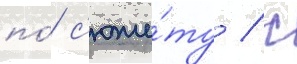
по́ с'юже́ту / с